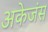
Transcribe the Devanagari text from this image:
अकेजंस